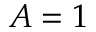
A = 1